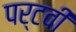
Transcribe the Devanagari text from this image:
पर्टवी